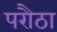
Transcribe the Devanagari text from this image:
परौठा